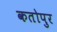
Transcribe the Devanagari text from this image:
कतोपुर